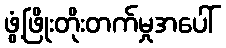
ဖွံ့ဖြိုးတိုးတက်မှုအပေါ်